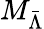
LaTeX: M_{\bar{\Lambda}}